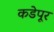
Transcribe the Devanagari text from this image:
कडेपूर